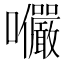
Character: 𭍍